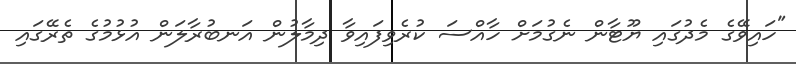
"ހައިވޭގެ މެދުގައި ޔޫޓާން ނެގުމަށް ހާއްސަ ކުރެވިފައިވާ ދިމާލުން އަނބުރާލަން އުޅުމުގެ ތެރޭގައި